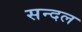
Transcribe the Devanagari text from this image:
सन्दल